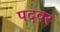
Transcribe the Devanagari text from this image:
पदवर